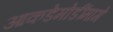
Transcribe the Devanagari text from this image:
आकडेमोडींमागे